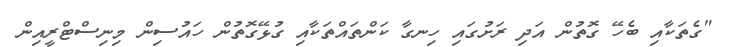
"ގެތަކާއި ބެހޭ ގޮތުން އަދި ރަށުގައި ހިނގާ ކަންތައްތަކާއި ގުޅޭގޮތުން ހައުސިން މިނިސްޓްރީއިން